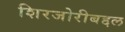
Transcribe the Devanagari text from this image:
शिरजोरीबद्दल